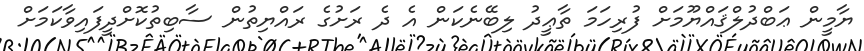
ޔާމީން ޢަބްދުލްޤައްޔޫމަށް ފުރިހަމަ ތާޢީދު ލިބޭނެކަން އެ ދެ ރަށުގެ ރައްޔިތުން ސާބިތުކޮށްދީފައިވާކަމަށް